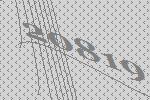
20819